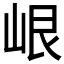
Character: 𡷐